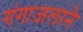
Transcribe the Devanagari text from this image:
गंगाजलाने